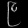
Digit: ၉